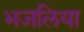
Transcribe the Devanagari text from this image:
भजलिया